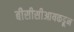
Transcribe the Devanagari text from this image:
बीसीसीआयकडून